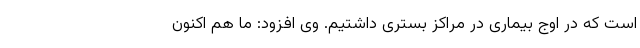
است که در اوج بیماری در مراکز بستری داشتیم. وی افزود: ما هم اکنون